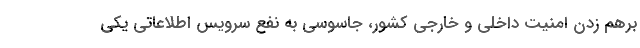
برهم زدن امنیت داخلی و خارجی کشور، جاسوسی به نفع سرویس اطلاعاتی یکی